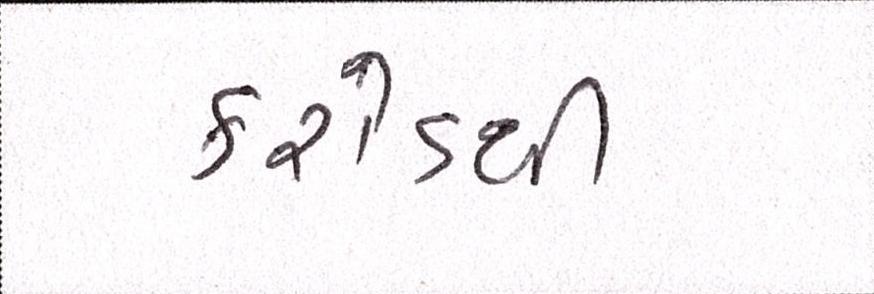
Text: કરોડથી